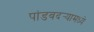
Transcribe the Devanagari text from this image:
पांडवदर्‍यामध्ये